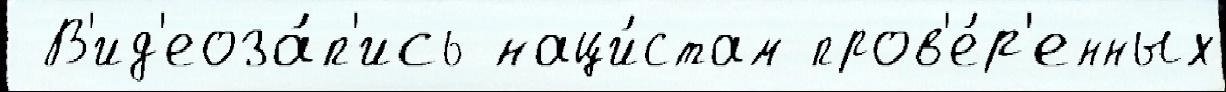
 В'ид'еоза́п'ись наци́стам пров'е́р'енных